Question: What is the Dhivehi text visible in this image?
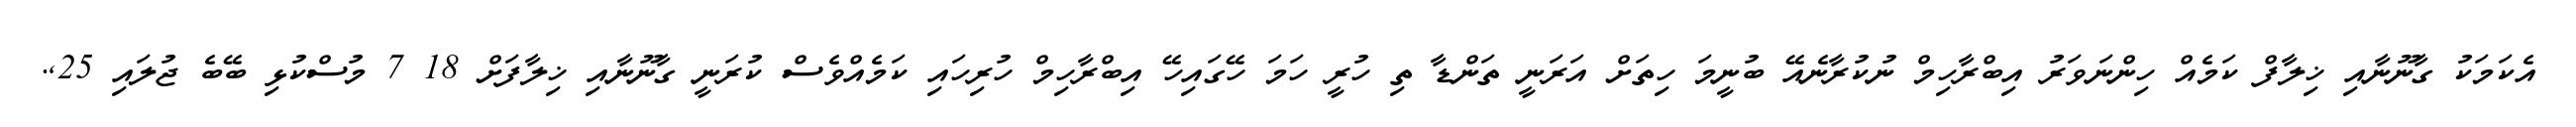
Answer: އެކަމަކު ގާނޫނާއި ޚިލާފް ކަމެއް ހިންނަވަރު އިބްރާހިމް ނުކުރާނެއޭ ބުނީމަ ހިތަށް އަރަނީ ތަންޑާ ތި ހުރީ ހަމަ ހޭގައިހޭ އިބްރާހިމް ހުރިހައި ކަމެއްވެސް ކުރަނީ ގާނޫނާއި ޚިލާފަށް 18 7 މުސްކުޅި ބޭބެ ޖުލައި 25,.